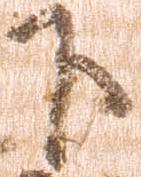
下